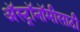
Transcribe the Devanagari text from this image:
अॅस्ट्रॉनॉमीसाठी